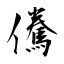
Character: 儯